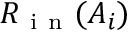
{ R _ { \mathrm { ~ i ~ n ~ } } } ( A _ { i } )